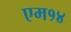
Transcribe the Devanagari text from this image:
एम१४